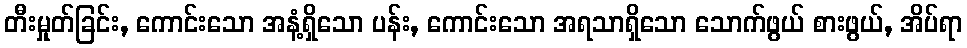
တီးမှုတ်ခြင်း, ကောင်းသော အနံ့ရှိသော ပန်း, ကောင်းသော အရသာရှိသော သောက်ဖွယ် စားဖွယ်, အိပ်ရာ